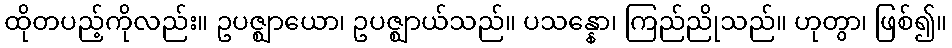
ထိုတပည့်ကိုလည်း။ ဥပဇ္ဈာယော၊ ဥပဇ္ဈာယ်သည်။ ပသန္နော၊ ကြည်ညိုသည်။ ဟုတွာ၊ ဖြစ်၍။